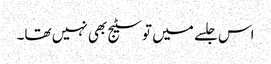
اس جلسے میں تو سٹیج بھی نہیں تھا۔